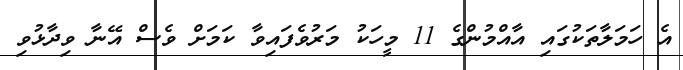
އެ ހަމަލާތަކުގައި އާއްމުންގެ 11 މީހަކު މަރުވެފައިވާ ކަމަށް ވެސް އޭނާ ވިދާޅުވި